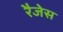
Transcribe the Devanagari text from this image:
रैजेस